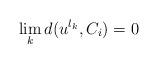
LaTeX: \begin{align*}\lim_{k}d(u^{l_{k}},C_{i})=0 \end{align*}